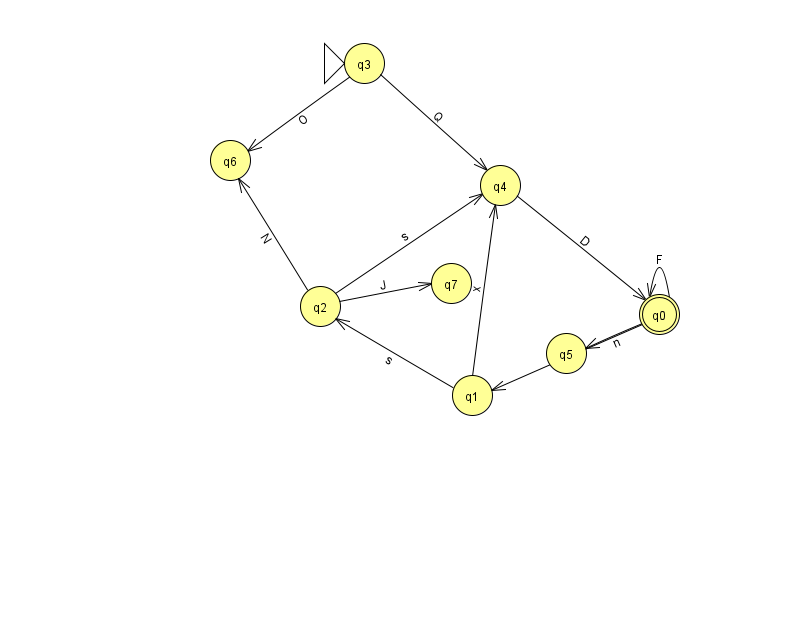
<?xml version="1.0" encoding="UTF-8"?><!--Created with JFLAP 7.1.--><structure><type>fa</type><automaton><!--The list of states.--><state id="0" name="q0"><x>659.0</x><y>301.0</y><final/></state><state id="1" name="q1"><x>472.0</x><y>382.0</y></state><state id="2" name="q2"><x>320.0</x><y>293.0</y></state><state id="3" name="q3"><x>364.0</x><y>50.0</y><initial/></state><state id="4" name="q4"><x>500.0</x><y>172.0</y></state><state id="5" name="q5"><x>566.0</x><y>340.0</y></state><state id="6" name="q6"><x>230.0</x><y>147.0</y></state><state id="7" name="q7"><x>451.0</x><y>270.0</y></state><!--The list of transitions.--><transition><from>2</from><to>6</to><read>N</read></transition><transition><from>3</from><to>4</to><read>Q</read></transition><transition><from>0</from><to>5</to><read>n</read></transition><transition><from>0</from><to>0</to><read>F</read></transition><transition><from>2</from><to>7</to><read>J</read></transition><transition><from>0</from><to>1</to><read>Y</read></transition><transition><from>1</from><to>4</to><read>x</read></transition><transition><from>1</from><to>2</to><read>s</read></transition><transition><from>2</from><to>4</to><read>s</read></transition><transition><from>4</from><to>0</to><read>D</read></transition><transition><from>3</from><to>6</to><read>O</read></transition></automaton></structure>